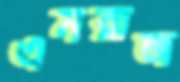
এমরাজ